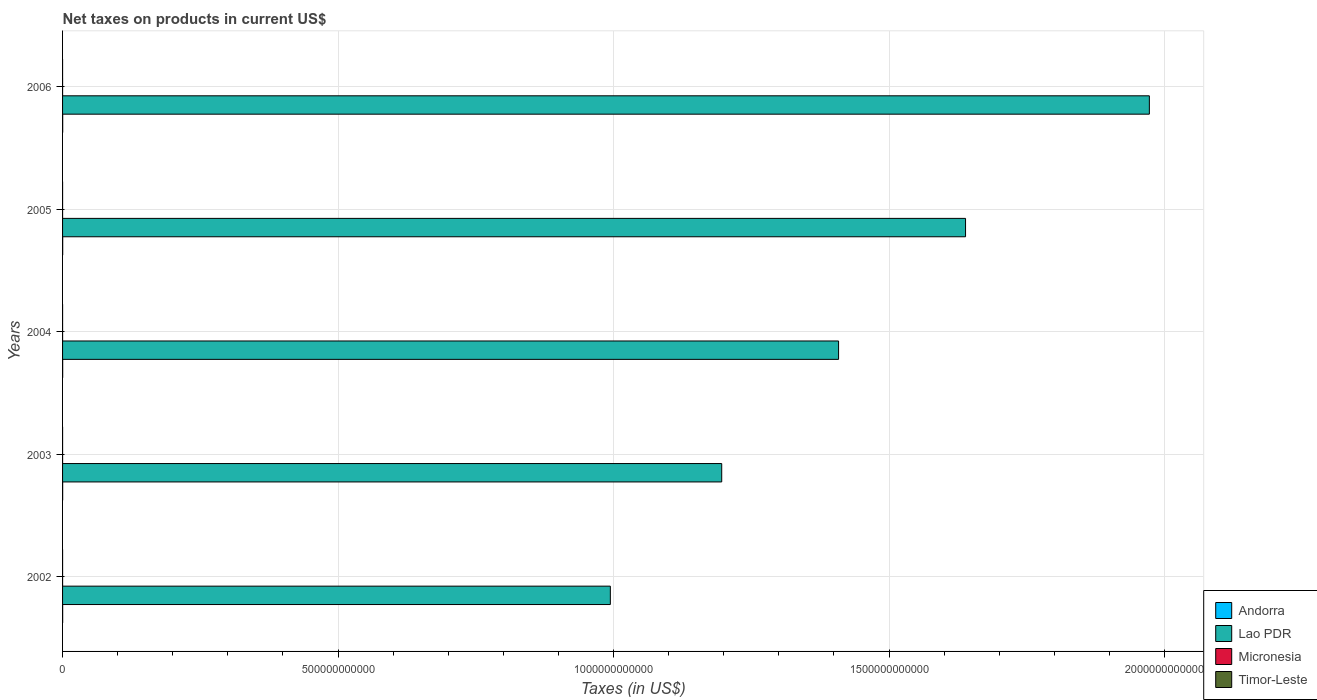
| Years | Andorra | Lao PDR | Micronesia | Timor-Leste |
 | --- | --- | --- | --- | --- |
 | 2002 | 1.66e+08 | 9.94e+11 | 1.42e+07 | 1.2e+07 |
 | 2003 | 1.74e+08 | 1.2e+12 | 1.67e+07 | 1.5e+07 |
 | 2004 | 2e+08 | 1.41e+12 | 1.77e+07 | 1.6e+07 |
 | 2005 | 2.24e+08 | 1.64e+12 | 2.14e+07 | 1.2e+07 |
 | 2006 | 2.23e+08 | 1.97e+12 | 2.11e+07 | -1e+06 |